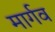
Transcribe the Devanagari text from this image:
मार्गव